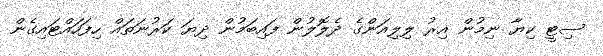
ސިޓީ ކިޔާ ނިމުން އިރު ލިލިއަންގެ ދެލޮލުން ފައިބަމުން ދިޔަ ކަރުނަތައް ހިފަހައްޓައިގެން